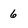
Character: 6